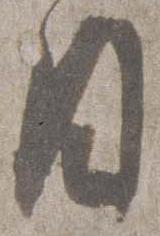
日